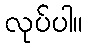
လုပ်ပါ။